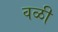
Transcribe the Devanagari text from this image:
वळी